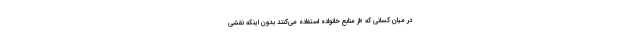
در میان کسانی که «از منابع خانواده استفاده می‌کنند بدون اینکه نقشی